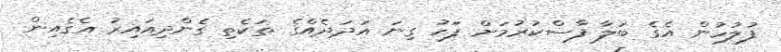
ފުލުހުން އެގެ ބަލާ ފާސްކުރުމަށް ފަހު ގިނަ އަދަދެއްގެ ތަކެތި ގެންދިއައިރު އެގެއިން